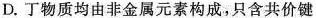
D.丁物质均由非金属元素构成，只含共价键